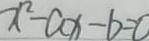
x ^ { 2 } - a x - b = 0